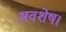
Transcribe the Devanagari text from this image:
अवशेष।